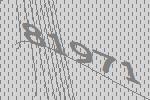
81971